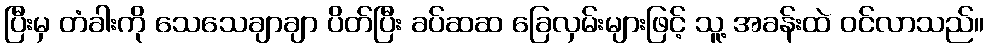
ပြီးမှ တံခါးကို သေသေချာချာ ပိတ်ပြီး ခပ်ဆဆ ခြေလှမ်းများဖြင့် သူ့ အခန်းထဲ ဝင်လာသည်။